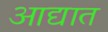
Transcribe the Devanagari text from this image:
आद्यात